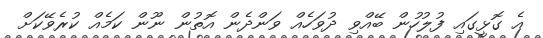
އެ ގޮޅީގައި ފުލުހުން ބޭއްވި ދުވަހެއް ވަންދެން އޮތުން ނޫން ކަމެއް ކުރެވޭކަށް